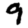
Digit: 9